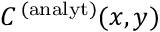
C ^ { \, ( \mathrm { a n a l y t } ) } ( x , y )